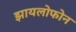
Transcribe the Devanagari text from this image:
झायलोफोन